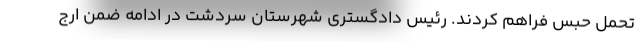
تحمل حبس فراهم کردند. رئیس دادگستری شهرستان سردشت در ادامه ضمن ارج